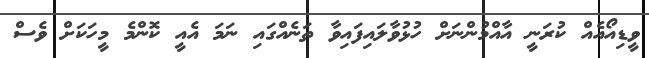
ވީޑިއޯއެއް ކުރަނީ އާއްމުންނަށް ހުޅުވާލައިފައިވާ ތަނެއްގައި ނަމަ އެއީ ކޮންމެ މީހަކަށް ވެސް